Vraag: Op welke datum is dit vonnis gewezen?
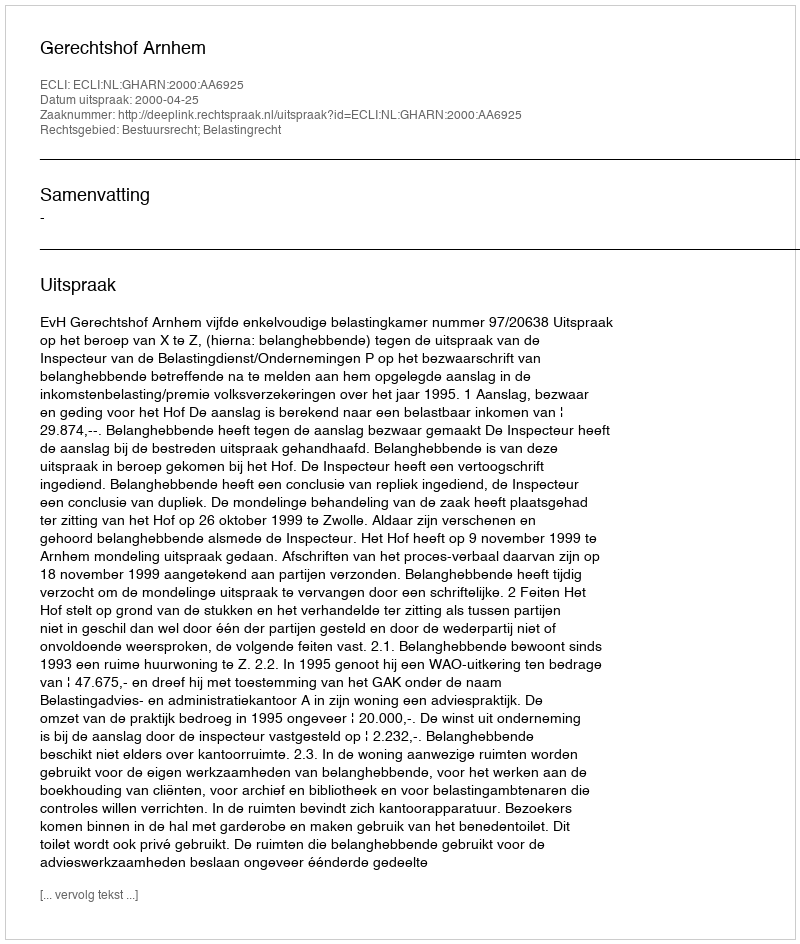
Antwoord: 2000-04-25